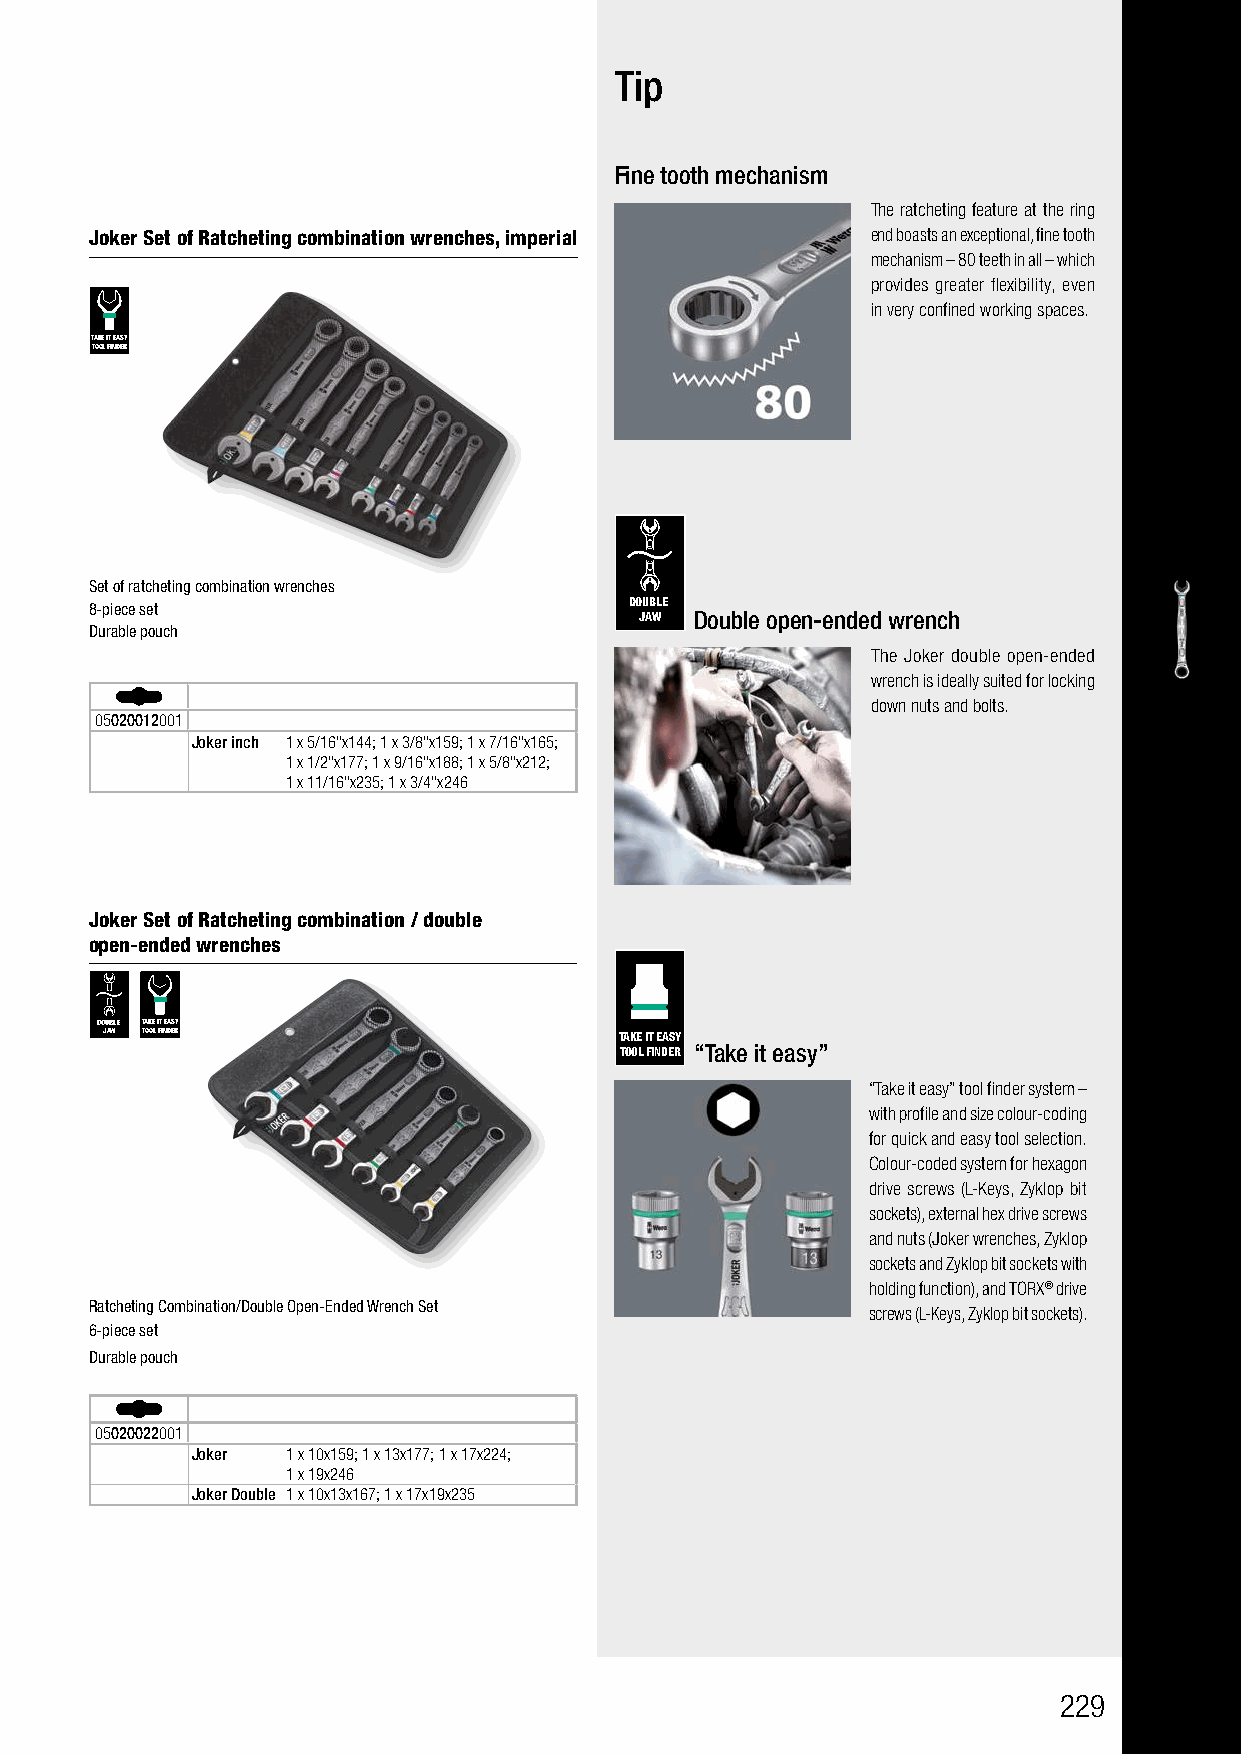
Tip
 Fine tooth mechanism
 The ratcheting feature at the ring
 Joker Set of Ratcheting combination wrenches, imperial end boasts an exceptional, fine tooth
 mechanism – 80 teeth in all – which
 provides greater flexibility, even
 in very confined working spaces.
 TAKE IT EASY
 TOOL FINDER
 Set of ratcheting combination wrenches
 8-piece set                         DOUBLE
 JAW Double open-ended wrench
 Durable pouch
 The Joker double open-ended
 wrench is ideally suited for locking
 down nuts and bolts.
 05020012001
 Joker inch 1 x 5/16"x144; 1 x 3/8"x159; 1 x 7/16"x165;
 1 x 1/2"x177; 1 x 9/16"x188; 1 x 5/8"x212;
 1 x 11/16"x235; 1 x 3/4"x246
 Joker Set of Ratcheting combination / double
 open-ended wrenches
 DOUBLE TAKE IT EASY
 JAW TOOL FINDER                   TAKE IT EASY
 TOOL FINDER “Take it easy”
 “Take it easy” tool finder system –
 with profile and size colour-coding
 for quick and easy tool selection.
 Colour-coded system for hexagon
 drive screws (L-Keys, Zyklop bit
 sockets), external hex drive screws
 and nuts (Joker wrenches, Zyklop
 sockets and Zyklop bit sockets with
 holding function), and TORX® drive
 Ratcheting Combination/Double Open-Ended Wrench Set
 screws (L-Keys, Zyklop bit sockets).
 6-piece set
 Durable pouch
 05020022001
 Joker 1 x 10x159; 1 x 13x177; 1 x 17x224;
 1 x 19x246
 Joker Double 1 x 10x13x167; 1 x 17x19x235
 229